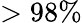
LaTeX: >98\%